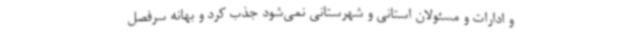
و ادارات و مسئولان استانی و شهرستانی نمی‌شود جذب کرد و بهانه سرفصل